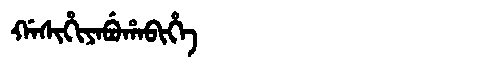
Manchu: ᡤᠠᠰᡳᡥᡳᠶᠠᠪᡠᡥᠠᠪᡳᡥᡝ
Romanization: GASIHIYABUHABIHE